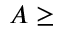
A \ge